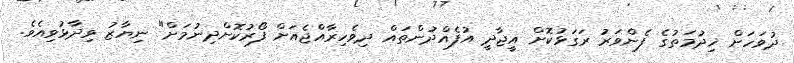
ދުވަހަށް ޚިދުމަތުގެ ފެންވަރު ރަގަޅުކޮށް އީޖާދީ އުފެއްދުންތައް ދިވެހިރާއްޖެއަށް ފޯރުކޮށްދިނުމަށް" ނިޔާޒު ވިދާޅުވިއެވެ.